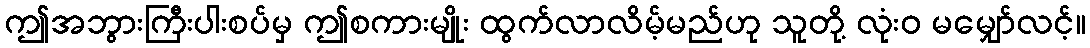
ဤအဘွားကြီးပါးစပ်မှ ဤစကားမျိုး ထွက်လာလိမ့်မည်ဟု သူတို့ လုံးဝ မမျှော်လင့်။